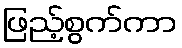
ဖြည့်စွက်ကာ